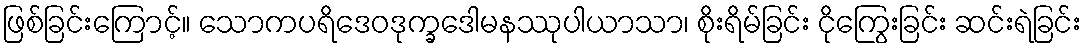
ဖြစ်ခြင်းကြောင့်။ သောကပရိဒေဝဒုက္ခဒေါမနဿုပါယာသာ၊ စိုးရိမ်ခြင်း ငိုကြွေးခြင်း ဆင်းရဲခြင်း